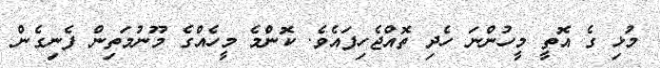
މުޅި ގެ އޮތީ މީހުންނަ ހެދި ތޮއްޖެހިފައެވެ. ކޮންމެ މީހެއްގެ މޫނުމަތިން ފެނިގެން